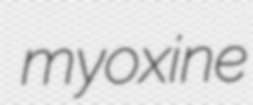
myoxine